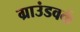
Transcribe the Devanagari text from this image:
ग्राउंडवर्क